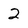
Character: 2